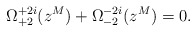
\begin{align*}\Omega^{+2i}_{+2}(z^M)+\Omega^{-2i}_{-2}(z^M)=0.\end{align*}